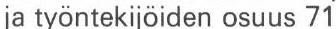
ja työntekijöiden osuus 71